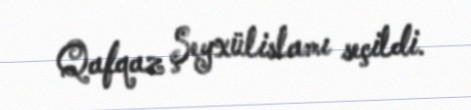
Qafqaz Şeyxülislamı seçildi.